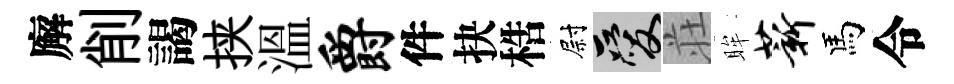
廨削謁挟溫爵件抉梏尉爱荘眸薪馬令